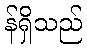
န်ရှိသည်